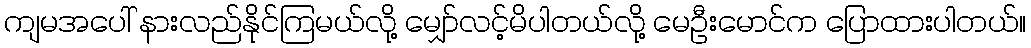
ကျမအပေါ် နားလည်နိုင်ကြမယ်လို့ မျှော်လင့်မိပါတယ်လို့ မေဦးမောင်က ပြောထားပါတယ်။